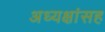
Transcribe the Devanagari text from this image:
अध्यक्षांसह